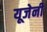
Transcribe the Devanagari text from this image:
यूजेनी